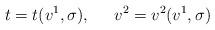
LaTeX: \begin{align*}t=t(v^1,\sigma ),\ \;\;\;\;v^2=v^2(v^1,\sigma ) \end{align*}